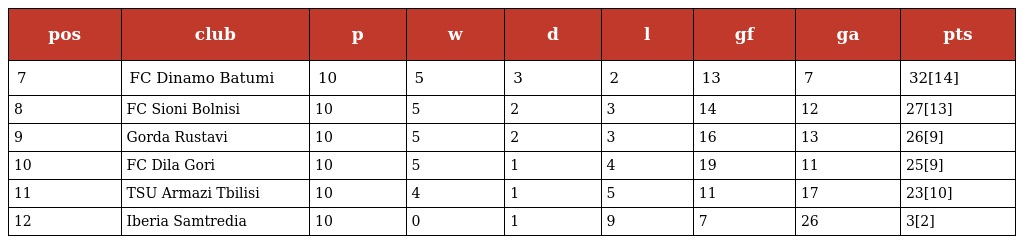
| pos | club | p | w | d | l | gf | ga | pts |
 | --- | --- | --- | --- | --- | --- | --- | --- | --- |
 | 7 | FC Dinamo Batumi | 10 | 5 | 3 | 2 | 13 | 7 | 32[14] |
 | 8 | FC Sioni Bolnisi | 10 | 5 | 2 | 3 | 14 | 12 | 27[13] |
 | 9 | Gorda Rustavi | 10 | 5 | 2 | 3 | 16 | 13 | 26[9] |
 | 10 | FC Dila Gori | 10 | 5 | 1 | 4 | 19 | 11 | 25[9] |
 | 11 | TSU Armazi Tbilisi | 10 | 4 | 1 | 5 | 11 | 17 | 23[10] |
 | 12 | Iberia Samtredia | 10 | 0 | 1 | 9 | 7 | 26 | 3[2] |